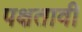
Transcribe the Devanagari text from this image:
पक्षतावी